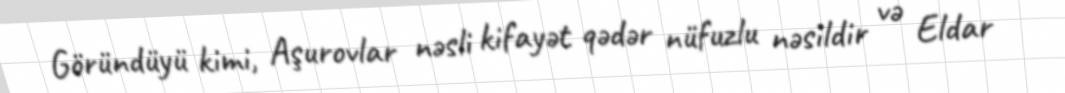
Göründüyü kimi, Aşurovlar nəsli kifayət qədər nüfuzlu nəsildir və Eldar